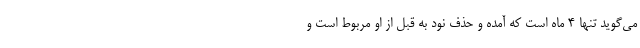
می‌گوید تنها 4 ماه است که آمده و حذف نود به قبل از او مربوط است و